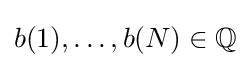
b(1),\dots ,b(N)\in \mathbb {Q}